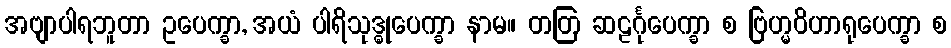
အဗျာပါရဘူတာ ဥပေက္ခာ, အယံ ပါရိသုဒ္ဓုပေက္ခာ နာမ။ တတြ ဆဠင်္ဂုပေက္ခာ စ ဗြဟ္မဝိဟာရုပေက္ခာ စ